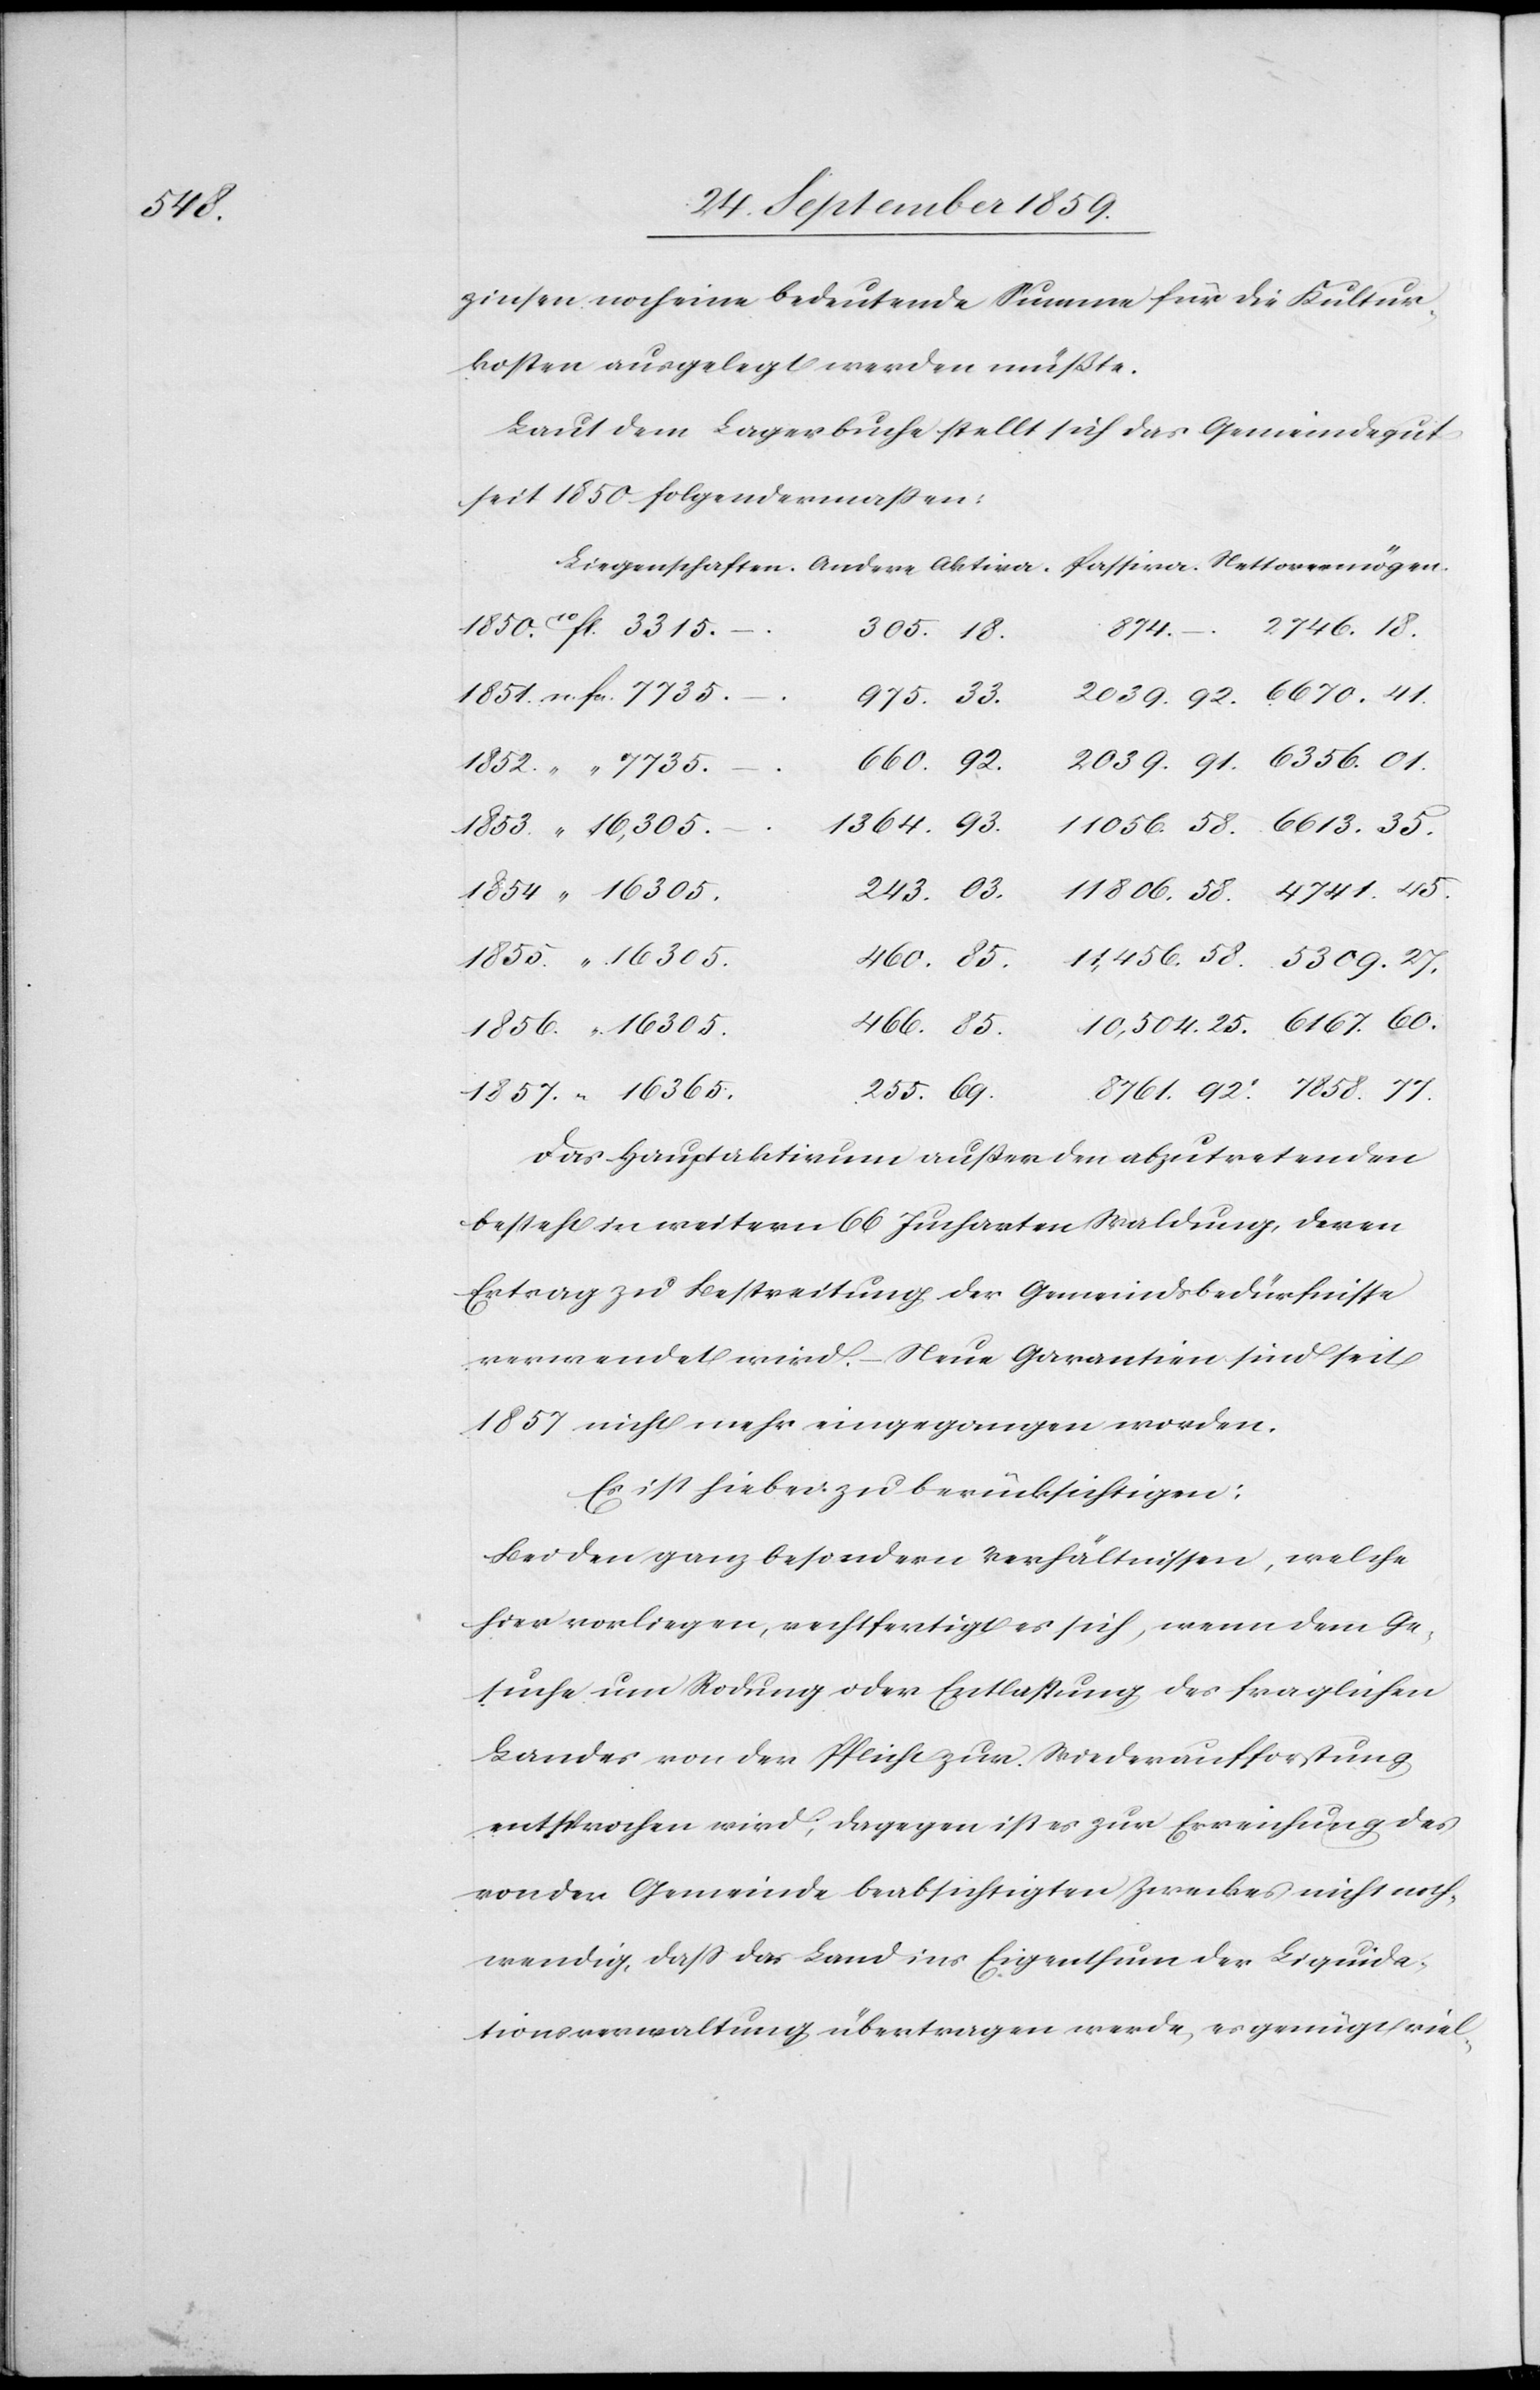
7858.

zinsen noch eine bedeutende Summe für die Kultur¬
kosten ausgelegt werden müßte.
Laut dem Lagerbuche stellt sich das Gemeindegut
seit 1850 folgendermaßen:
quida¬
92.
Das Hauptaktivum außer den abzutretenden
besteht in weitern 66 Jucharten Waldung, deren
Ertrag zu Bestreitung der Gemeindsbedürfnisse
verwendet wird. Neue Garantien sind seit
1857 nicht mehr eingegangen worden.
Es ist hiebei zu berücksichtigen:
Bei den ganz besondern Verhältnissen, welche
hier vorliegen, rechtfertigt es sich, wenn dem Ge¬
suche um Rodung oder Entlassung des fraglichen
Landes von der Pflicht zur Wiederaufforstung
entsprochen wird, dagegen ist es zur Errichtung des
von der Gemeinde beabsichtigten Zweckes nicht noch¬
tionsverwaltung übertragen werde, es genügt viel-